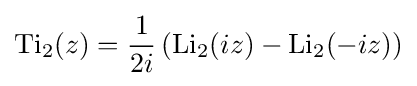
\operatorname {Ti} _{2}(z)={\frac {1}{2i}}\left(\operatorname {Li} _{2}(iz)-\operatorname {Li} _{2}(-iz)\right)